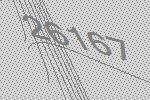
26167